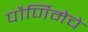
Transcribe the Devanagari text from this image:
पौर्णिमेचे